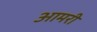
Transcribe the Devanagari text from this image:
आमरी